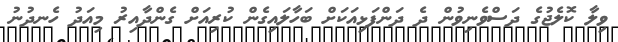
ވިލާ ކޮލެޖުގެ ދަސްވެނިވުން ދެ ދަންފަޅިއަކަށް ބަހާލައިގެން ކުރިއަށް ގެންދާއިރު މިއަދު ހެނދުނު